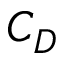
C _ { D }